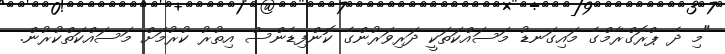
"މި ދެ ޕްރޮގްރާމްގެ މައިގަނޑު މަސައްކަތަކީ ދަރިވަރުންގެ ކޮންފިޑެންސް އިތުރު ކުރުމަށް މަސައްކަތްކުރުން.